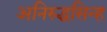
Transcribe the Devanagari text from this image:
अनिरुद्धसिन्ह